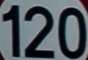
120